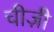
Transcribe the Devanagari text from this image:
चीज़ी